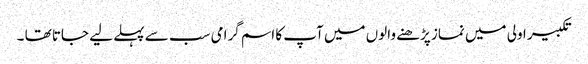
تکبیر اولی میں نماز پڑھنے والوں میں آپ کا اسم گرامی سب سے پہلے لیے جاتا تھا ۔